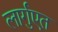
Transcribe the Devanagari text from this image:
लार्गुएत